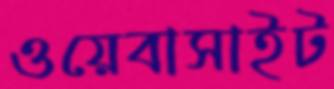
ওয়েবাসাইট